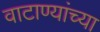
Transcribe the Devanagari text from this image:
वाटाण्यांच्या